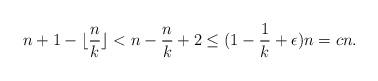
LaTeX: \begin{align*} n + 1 - \lfloor \frac nk \rfloor < n - \frac nk + 2 \leq (1 - \frac 1k + \epsilon)n = c n.\end{align*}